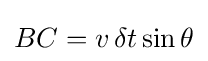
BC=v\,\delta t\sin \theta